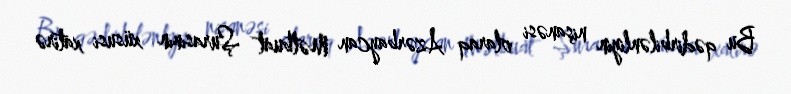
Bu qədirbilənliyin nişanəsi olaraq Azərbaycan Mətbuat Şurasının xüsusi xatirə